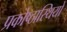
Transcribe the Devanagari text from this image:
प्रकोष्ठास्थियों